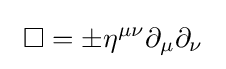
\ \Box =\pm \eta ^{\mu \nu }\partial _{\mu }\partial _{\nu }\